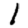
Digit: 1